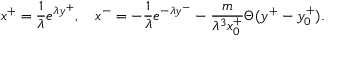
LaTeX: x ^ { + } = \frac { 1 } { \lambda } e ^ { \lambda y ^ { + } } , ~ ~ ~ x ^ { - } = - \frac { 1 } { \lambda } e ^ { - \lambda y ^ { - } } - \frac { m } { \lambda ^ { 3 } x _ { 0 } ^ { + } } \Theta ( y ^ { + } - y _ { 0 } ^ { + } ) .